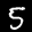
Label: 5